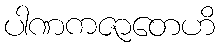
ပါဏကဇာတေဟိ